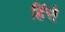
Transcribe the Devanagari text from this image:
हिंसे